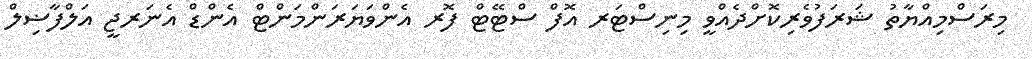
މިރަސްމިއްޔާތު ޝަރަފުވެރިކޮށްދެއްވީ މިނިސްޓަރ އޮފް ސްޓޭޓް ފޮރ އެންވަޔަރަންމަންޓް އެންޑް އެނަރޖީ އަލްފާޟިލް